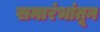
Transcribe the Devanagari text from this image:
समारंभांतून